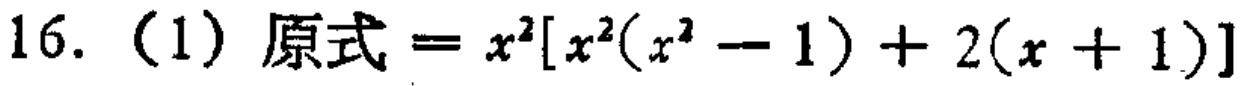
16. （1）原式 = \(x^{2}[x^{2}(x^{2}-1)+2(x + 1)]\)